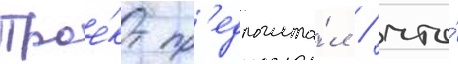
Прое́кт пр'едполага́л / что́